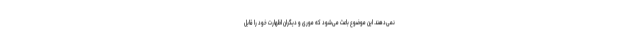
نمی‌دهند. این موضوع باعث می‌شود که موری و دیگران اظهارت خود را قابل